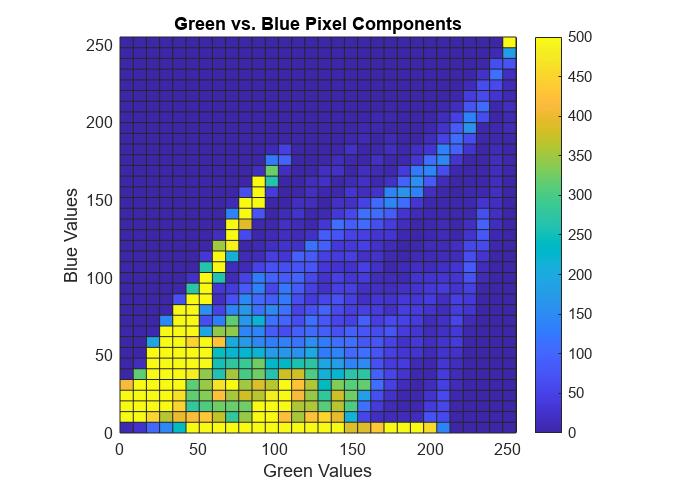
matlab, histogram2, colorbar